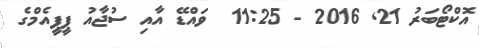
އޮކްޓޯބަރު 21